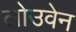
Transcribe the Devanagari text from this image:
लोउवेन